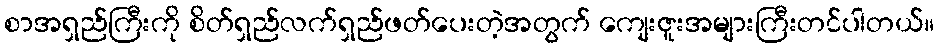
စာအရှည်ကြီးကို စိတ်ရှည်လက်ရှည်ဖတ်ပေးတဲ့အတွက် ကျေးဇူးအများကြီးတင်ပါတယ်။